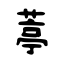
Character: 葶